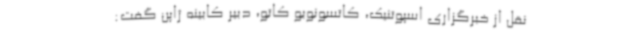
نقل از خبرگزاری اسپوتنیک،‌ کاتسونوبو کاتو، دبیر کابینه ژاپن گفت:‌